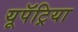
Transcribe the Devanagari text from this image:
यूपॅट्रिया